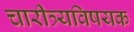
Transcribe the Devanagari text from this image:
चारीत्र्यविषयक